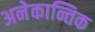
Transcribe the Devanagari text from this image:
अनेकान्तिक